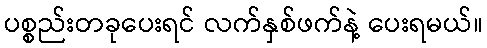
ပစ္စည်းတခုပေးရင် လက်နှစ်ဖက်နဲ့ ပေးရမယ်။